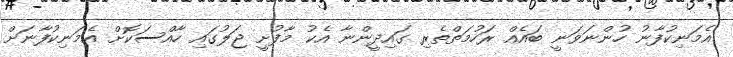
އެމަނިކުފާނު ހުންނަވަނީ ބައެއް ރަހުމަތްތެރި ގައިދީންނާ އެކު މާފުށީ ޖަލުގައި ހާއްސަކޮށް އެމަނިކުފާނަށް